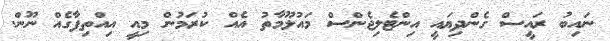
ނައިބު ރައީސް ގެންދިޔައީ އިންޓެލިޖެންސް މައުލޫމާތު އެއް ކުރަމުން މިއީ އިއްތިފާގެއް ނޫން.